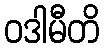
ဝဒါမီတိ